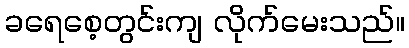
ခရေစေ့တွင်းကျ လိုက်မေးသည်။